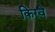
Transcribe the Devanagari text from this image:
किरवे